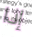
إذا